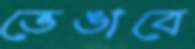
ভেঙাবে